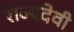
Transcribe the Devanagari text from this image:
राज्यदेवी